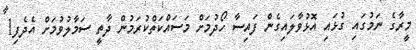
މީރާގެ ނަމުގައި ގުޅައި އޮޅުވާލައިގެން ފައިސާ ހޯދުމަށް މަސައްކަތްކުރަމުން ދާތީ ސަމާލުވުމަށް އެދެފި1